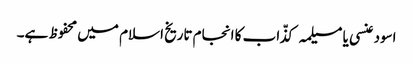
اسود عنسی یا مسیلمہ کذّاب کا انجام تاریخ اسلام میں محفوظ ہے۔